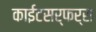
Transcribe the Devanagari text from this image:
काईटसर्फर्स